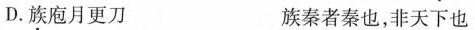
D.族庖月更刀 族秦者秦也，非天下也